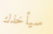
سيأخذك